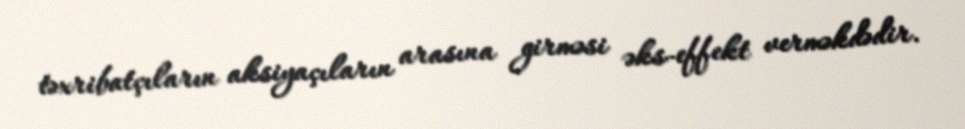
təxribatçıların aksiyaçıların arasına girməsi əks-effekt verməkdədir.